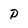
Character: P